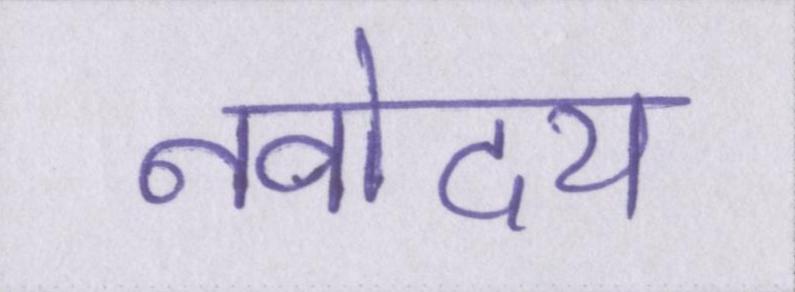
नवोदय